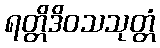
ရတ္တိဒိဝသသုတ္တံ